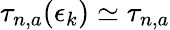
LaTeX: \tau_{n,a}(\epsilon_{k})\simeq\tau_{n,a}